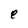
Character: e